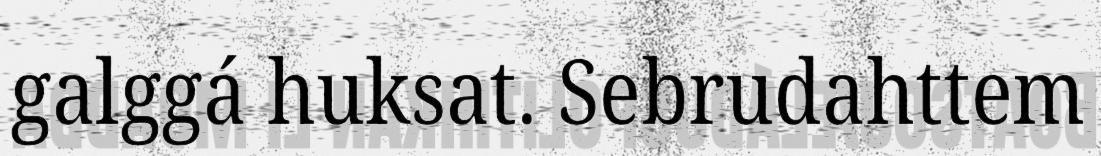
galggá huksat. Sebrudahttem